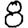
Digit: 8